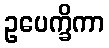
ဥပေက္ခိကာ